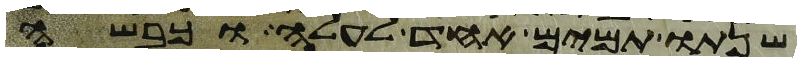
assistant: שנתו תמים אחד לעלה וכבשה